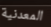
المعدنية